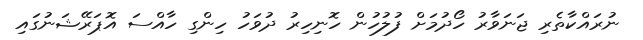
ނުރައްކާތެރި ޖަނަވާރު ހޯދުމަށް ފުލުހުން ހޮނިހިރު ދުވަހު ހިންގި ހާއްސަ އޮޕަރޭޝަނުގައި